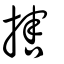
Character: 搳